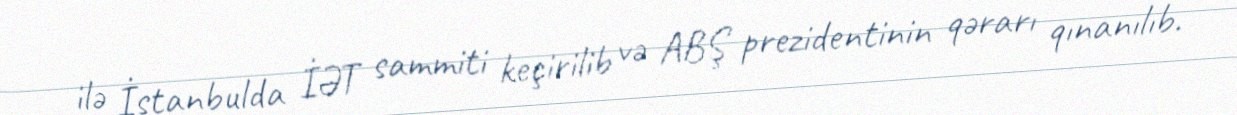
ilə İstanbulda İƏT sammiti keçirilib və ABŞ prezidentinin qərarı qınanılıb.